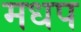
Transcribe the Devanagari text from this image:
मधप